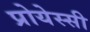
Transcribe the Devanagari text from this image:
प्रोयेस्सी